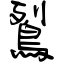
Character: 鴷